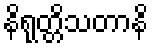
နိရုတ္တိသတာနိ